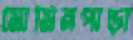
মোমিনপাড়া